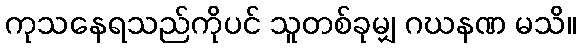
ကုသနေရသည်ကိုပင် သူတစ်ခုမျှ ဂဃနဏ မသိ။